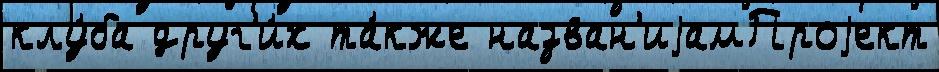
клу́ба друг'и́х та́кже назван'иjамПроjект